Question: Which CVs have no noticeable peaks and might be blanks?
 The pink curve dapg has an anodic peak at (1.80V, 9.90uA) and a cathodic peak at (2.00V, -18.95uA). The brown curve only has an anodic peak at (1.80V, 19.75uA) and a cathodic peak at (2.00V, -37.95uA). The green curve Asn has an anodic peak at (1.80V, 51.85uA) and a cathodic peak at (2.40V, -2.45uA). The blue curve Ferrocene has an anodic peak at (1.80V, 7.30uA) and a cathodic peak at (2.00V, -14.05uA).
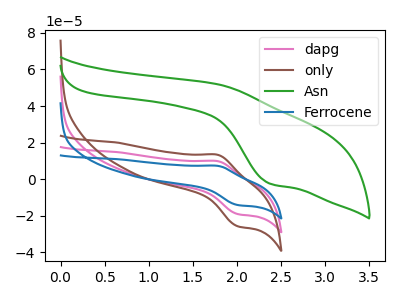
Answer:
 <answer>There are not any CV's on this graph that are likely to be blanks.</answer>
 <eval>none</eval>